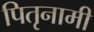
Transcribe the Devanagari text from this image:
पितृनामी